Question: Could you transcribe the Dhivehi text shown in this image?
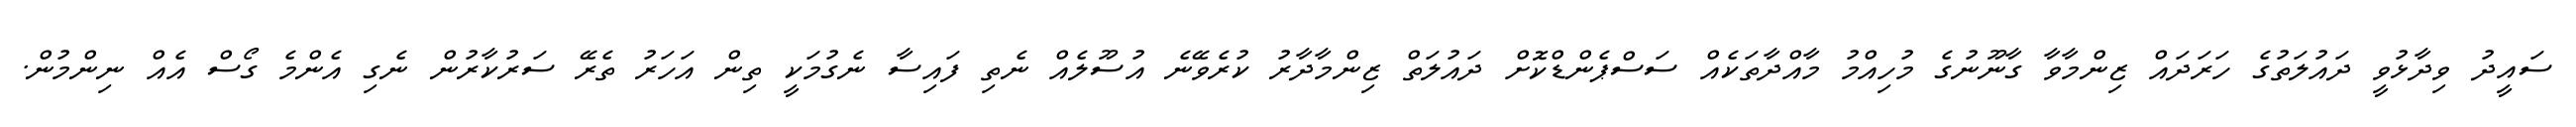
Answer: ސައީދު ވިދާޅުވީ ދައުލަތުގެ ހަރަދައް ޒިންމާވާ ގާނޫނުގެ މުހިއްމު މާއްދާތަކެއް ސަސްޕެންޑްކޮށް ދައުލަތް ޒިންމާދާރު ކުރެވޭނެ އުސޫލެއް ނެތި ފައިސާ ނެގުމަކީ ތިން އަހަރު ތެރޭ ސަރުކާރުން ނެގި އެންމެ ގޯސް އެއް ނިންމުން.